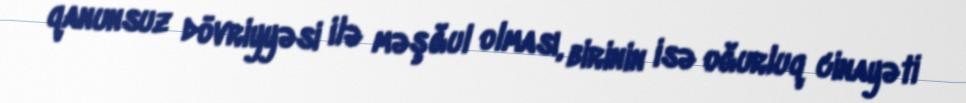
qanunsuz dövriyyəsi ilə məşğul olması, birinin isə oğurluq cinayəti